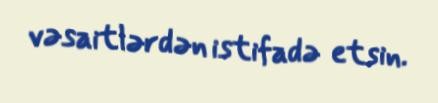
vəsaitlərdən istifadə etsin.